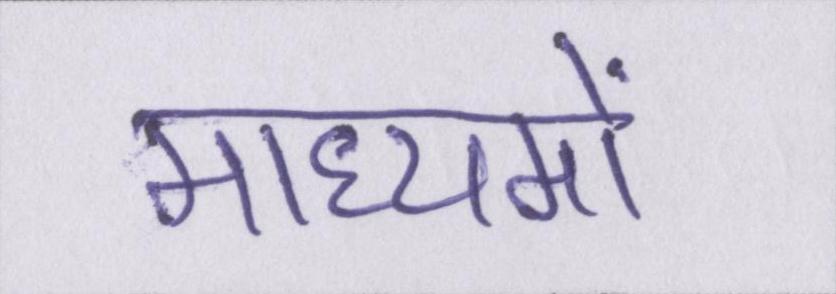
माध्यमों